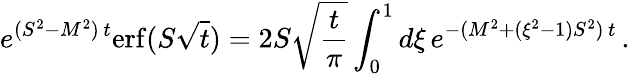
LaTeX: e^{(S^{2}-M^{2})\, t}\mathrm{erf}(S\sqrt t)=2S\sqrt{\frac t\pi}\int_{0}^{1}d\xi\, e^{-(M^{2}+(\xi^{2}-1)S^{2})\, t}\, .